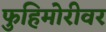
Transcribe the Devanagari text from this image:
फुहिमोरीवर